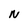
Character: N